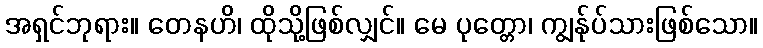
အရှင်ဘုရား။ တေနဟိ၊ ထိုသို့ဖြစ်လျှင်။ မေ ပုတ္တော၊ ကျွန်ုပ်သားဖြစ်သော။